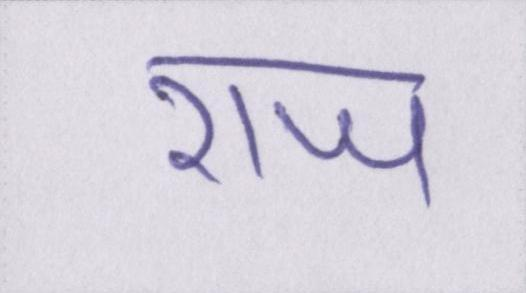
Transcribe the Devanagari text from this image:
राज